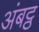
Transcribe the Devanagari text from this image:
अंबट्ठ